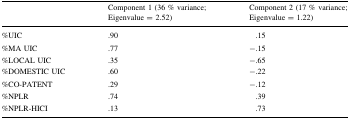
<table><thead><tr><td></td><td><b>Component 1 (36 % variance; Eigenvalue = 2.52)</b></td><td><b>Component 2 (17 % variance; Eigenvalue = 1.22)</b></td></tr></thead><tbody><tr><td>%UIC</td><td>.90</td><td>.15</td></tr><tr><td>%MA UIC</td><td>.77</td><td>−.15</td></tr><tr><td>%LOCAL UIC</td><td>.35</td><td>−.65</td></tr><tr><td>%DOMESTIC UIC</td><td>.60</td><td>−.22</td></tr><tr><td>%CO-PATENT</td><td>.29</td><td>−.12</td></tr><tr><td>%NPLR</td><td>.74</td><td>.39</td></tr><tr><td>%NPLR-HICI</td><td>.13</td><td>.73</td></tr></tbody></table>